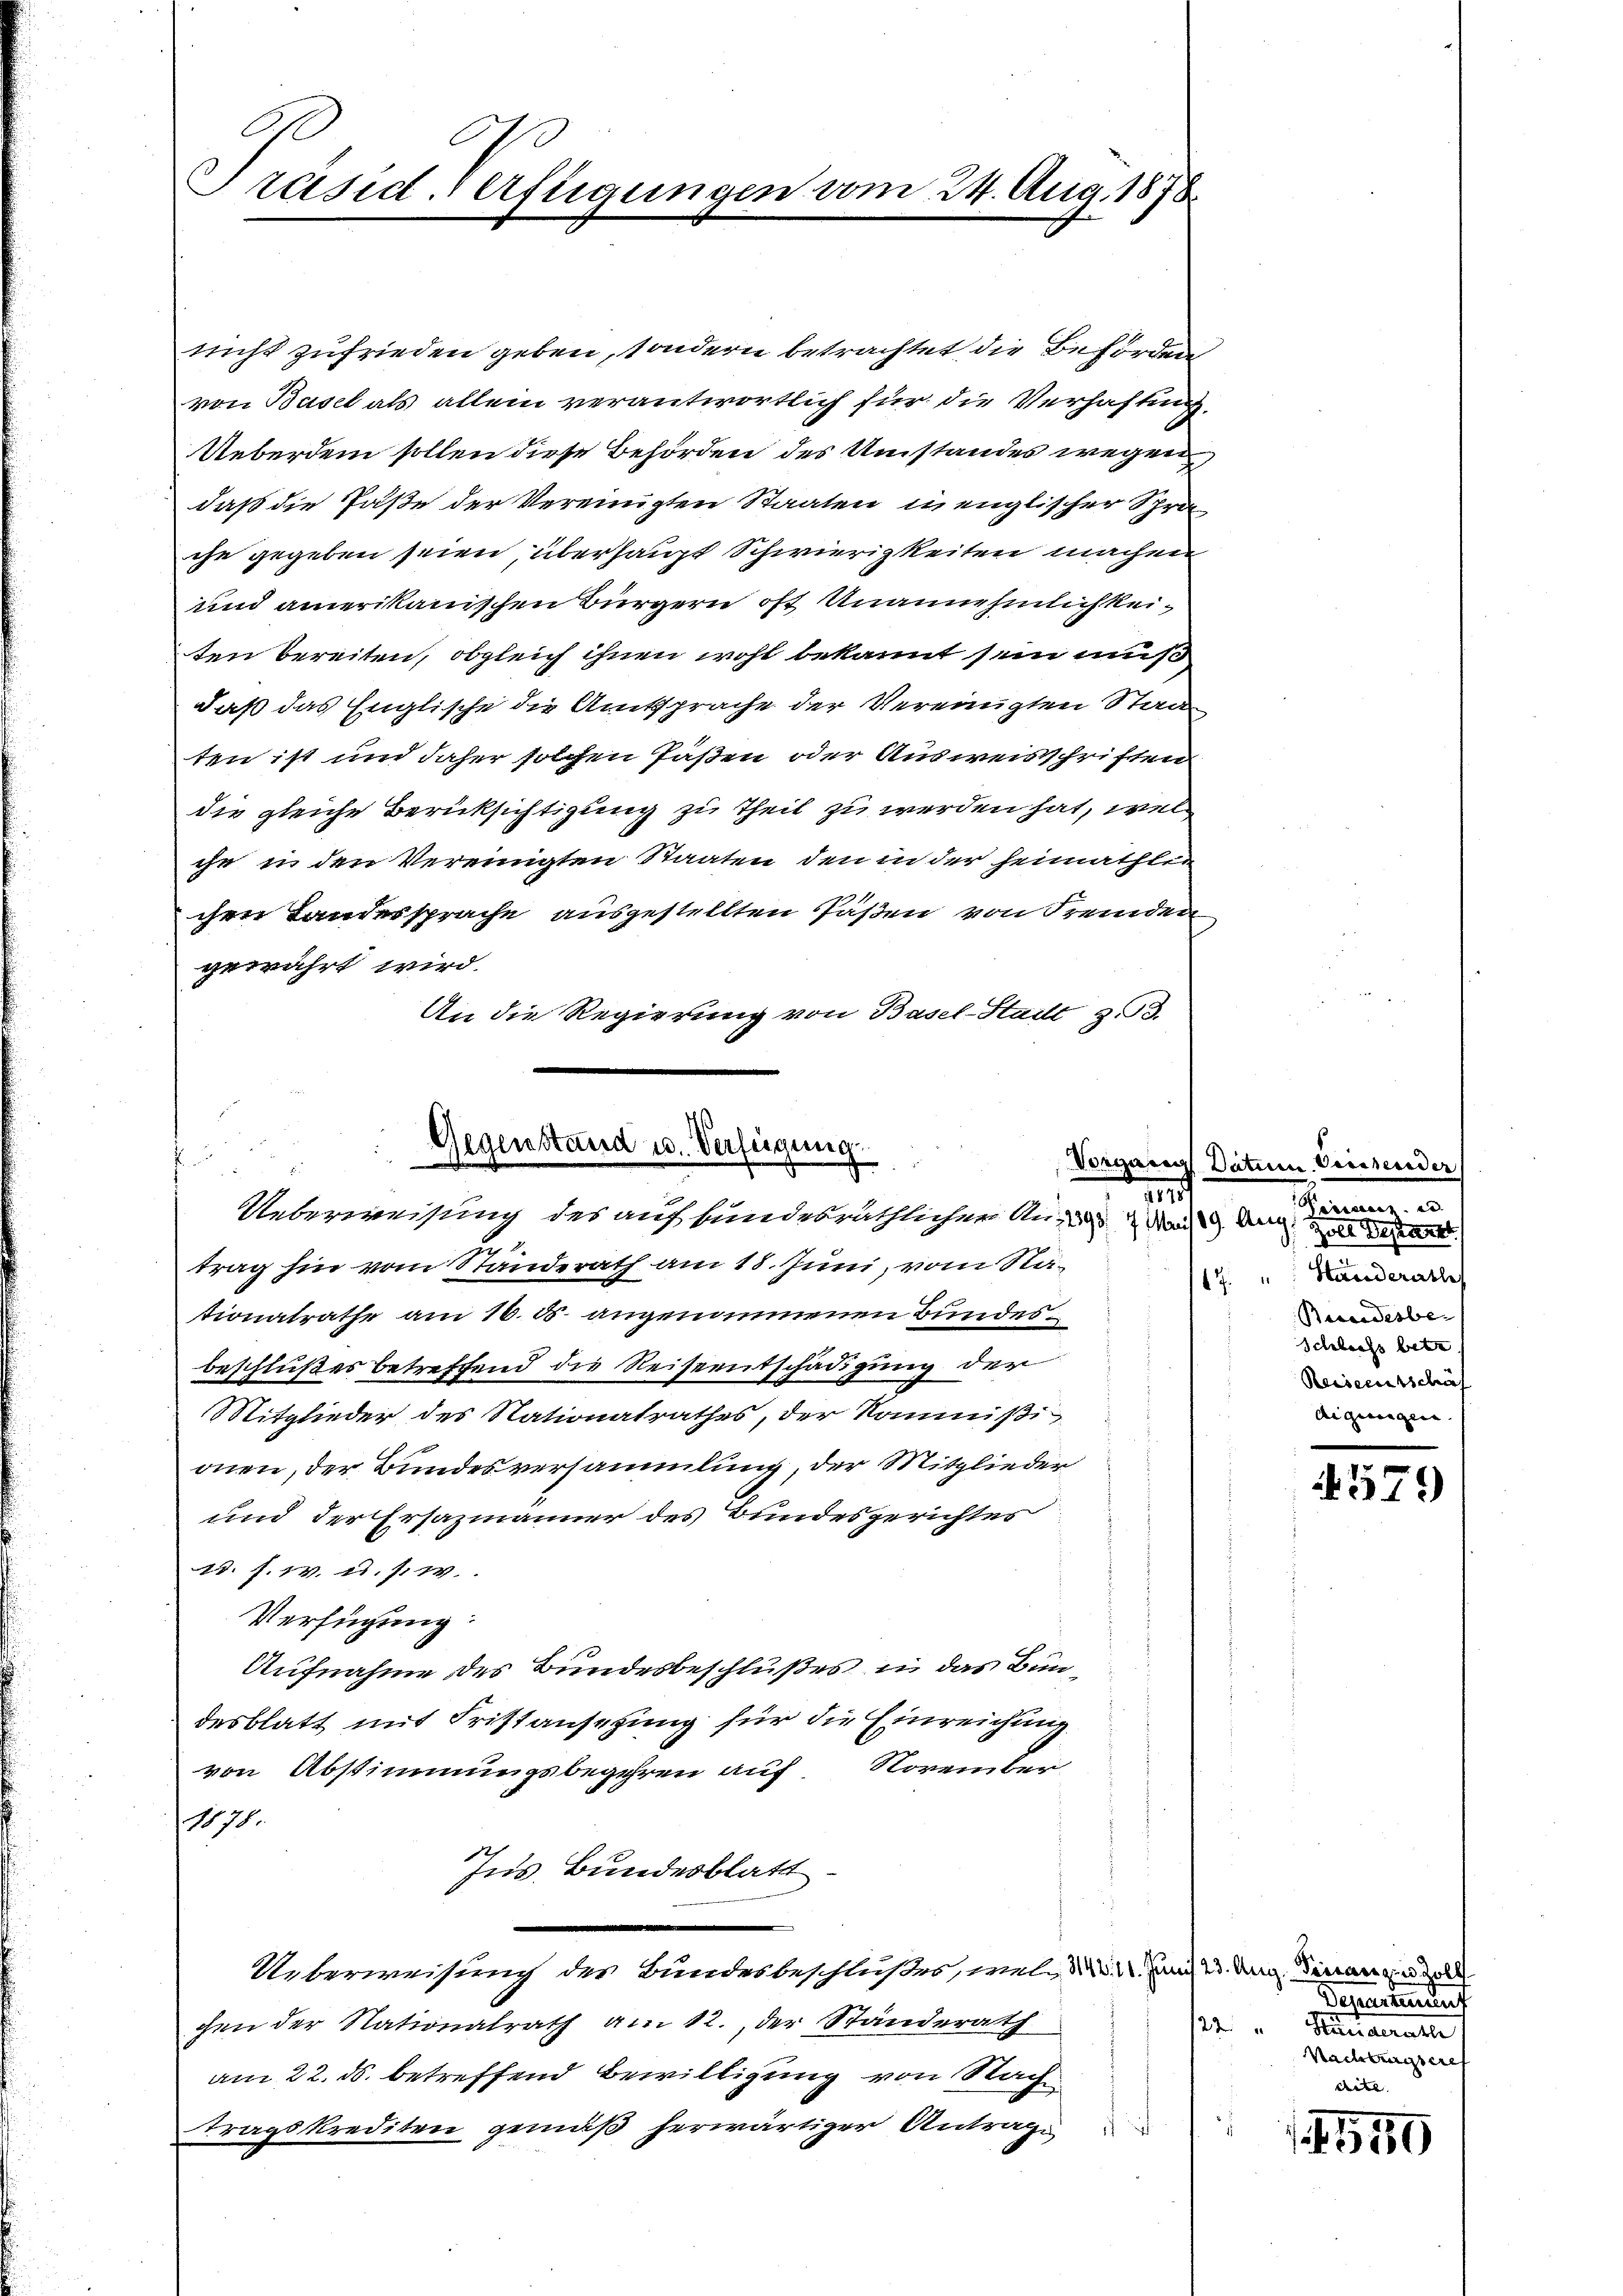
Präsid. Verfügungen vom 24. Aug. 1878.

nicht zufrieden geben, sondern betrachtet, die Behörden
von Basel als allein verantwortlich für die Verhaftung,
Ueberdem sollen diese Behörden des Umstandes wegen,
daß die Paße der Vereinigten Staaten in englischer Sprache gegeben seien, überhaupt Schwierigkeiten machen
und amerikanischen Bürgern oft Unannehmlich keiten bereiten, obgleich ihnen wohl bekannt sein muß
daß das Englische die Amtsprache der Vereinigten Stad
ten ist und daher solchen faßen oder Ausweisschriften
die gleiche Berücksichtigung zu Theil zu werden hat, wel
che in den Vereinigten Staaten den in der heimathlic
chen Landessprache ausgestellten Päßen von Fremden
gewährt wird.
An die Regierung von Basel-Stadt z. 93.
u
trag hin vom Standerath am 18. Juni, vom Nationatrathe am 16. d. angenommenen Bundesbeschlußes betreffend die Reiseentschädigung der
Mitglieder des Nationalrathes, der Kommißi
onen, der Bundesversammlung, der Mitglieder
und der Ersazmänner des Bundesgerichtes
1. f. 14. u. s. w.
Verfügung:
Aufnahme des Bundesbeschlußes in das Bundesblatt mit Fristansetzung für die Einreichung
von Abstimmungsbegehren auf. November
1078.
Ins Bundesblatt
Ueberweisung des Bundesbeschlußes, wel der Hand 23. Aug. Sinnen de
gen der Nationalrath am 12. der Ständerath
am 22. ds. betreffend Bewilligung von Nach
tragskrediten gemäß herwärtiger Antrage
s

Gegenstand u. Verfügung
s
M
Ueberweisung des auf bundesräthlicher Anna den

Vorgarig Datum Geissender
Ferien d
 Zoll Depart
17. " Handerathe
Besonderber
Schliess betr.
Reiseentschäf
Aigungen.

4579

Departen auf
/22. " Kaiserath
Nachtragsereh
Leere |

150